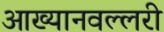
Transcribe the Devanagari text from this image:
आख्यानवल्लरी